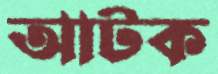
আটক